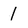
Character: 1